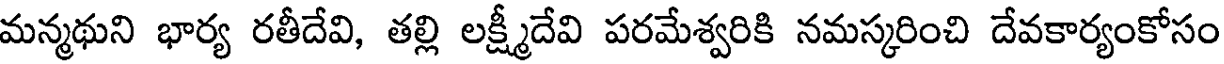
మన్మథుని భార్య రతీదేవి, తల్లి లక్ష్మీదేవి పరమేశ్వరికి నమస్కరించి దేవకార్యంకోసం